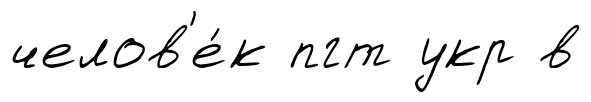
челов'е́к пгт укр в